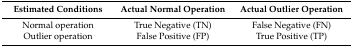
<table><thead><tr><td><b>Estimated Conditions</b></td><td><b>Actual Normal Operation</b></td><td><b>Actual Outlier Operation</b></td></tr></thead><tbody><tr><td>Normal operation</td><td>True Negative (TN)</td><td>False Negative (FN)</td></tr><tr><td>Outlier operation</td><td>False Positive (FP)</td><td>True Positive (TP)</td></tr></tbody></table>